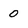
Character: 0